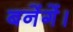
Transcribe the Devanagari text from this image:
बनेंगें।